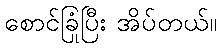
စောင်ခြုံပြီး အိပ်တယ်။